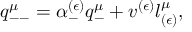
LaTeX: q _ { -- } ^ { \mu } = \alpha _ { - } ^ { ( \epsilon ) } q _ { - } ^ { \mu } + v ^ { ( \epsilon ) } l _ { ( \epsilon ) } ^ { \mu } ,